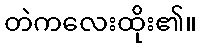
တဲကလေးထိုး၏။